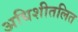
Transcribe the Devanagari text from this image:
अधिशीतलित